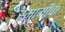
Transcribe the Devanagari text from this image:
स्मामींचा